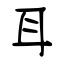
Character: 耳